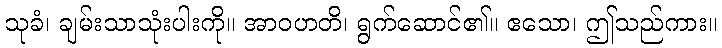
သုခံ၊ ချမ်းသာသုံးပါးကို။ အာဝဟတိ၊ ရွက်ဆောင်၏။ ဧသော၊ ဤသည်ကား။